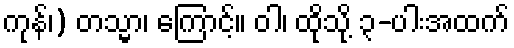
ကုန်၊) တသ္မာ၊ ကြောင့်။ ဝါ၊ ထိုသို့ ၃-ပါးအထက်